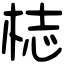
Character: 梽